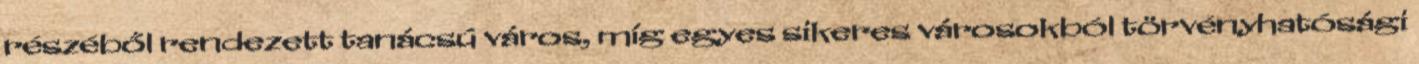
részéből rendezett tanácsú város, míg egyes sikeres városokból törvényhatósági